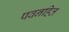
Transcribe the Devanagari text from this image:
पवनहित